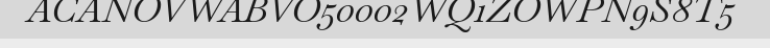
ACANOVWABVO50002WQ1ZOWPN9S8T5